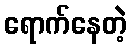
ရောက်နေတဲ့